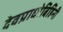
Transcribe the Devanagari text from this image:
देवप्राधोबिहिनी